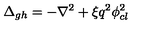
\Delta _ { g h } = - \nabla ^ { 2 } + \xi q ^ { 2 } \phi _ { c l } ^ { 2 }